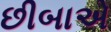
છીબાએ